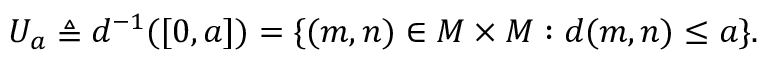
\qquad U _ { a } \triangleq d ^ { - 1 } ( [ 0 , a ] ) = \{ ( m , n ) \in M \times M : d ( m , n ) \leq a \} .